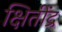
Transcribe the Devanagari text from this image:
क्षितींद्र